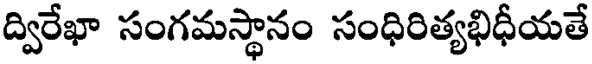
ద్విరేఖా సంగమస్థానం సంధిరిత్యభిధీయతే